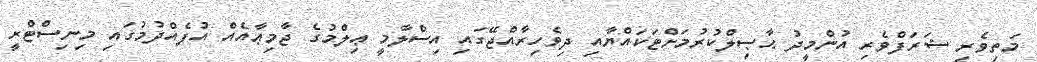
މަތިވެރި ޝަރަފްވެރި އުންމީދު ޙާޞިލްކުރުމަށްޓަކައްޔާއި ދިވެހިރާއްޖޭގައި އިސްލާމީ ޢިލްމުގެ ޖާމިޢާއެއް އުފެއްދުމުގައި މިނިސްޓްރީ